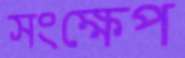
সংক্ষেপ